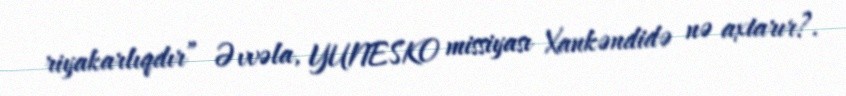
riyakarlıqdır” Əvvəla, YUNESKO missiyası Xankəndidə nə axtarır?.